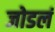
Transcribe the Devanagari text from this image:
जोडलं